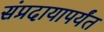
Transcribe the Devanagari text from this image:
संप्रदायापर्यंत